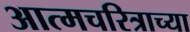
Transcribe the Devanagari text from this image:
आत्मचरित्राच्या